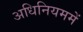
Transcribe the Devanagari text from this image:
अधिनियममें